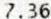
7.36